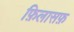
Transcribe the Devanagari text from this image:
फ़िलासफ़